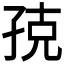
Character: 𭓃